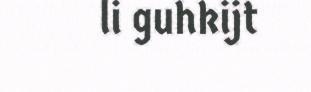
li guhkijt